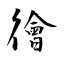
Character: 徻